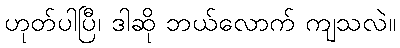
ဟုတ်ပါပြီ၊ ဒါဆို ဘယ်လောက် ကျသလဲ။